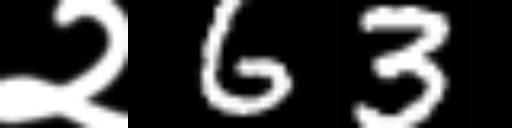
Text: २63